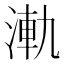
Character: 𣷾